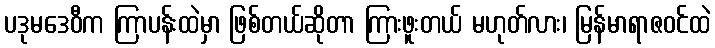
ပဒုမဒေဝီက ကြာပန်းထဲမှာ ဖြစ်တယ်ဆိုတာ ကြားဖူးတယ် မဟုတ်လား၊ မြန်မာရာဇဝင်ထဲ